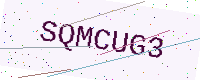
Text: SQMCUG3